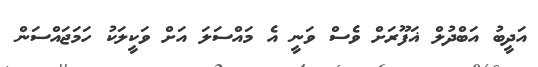
އަދީބު އަބްދުލް ޣަފޫރަށް ވެސް ވަނީ އެ މައްސަލަ އަށް ވަކީލަކު ހަމަޖައްސަން